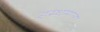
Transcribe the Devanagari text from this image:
इस्थमाल